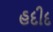
હદીદ